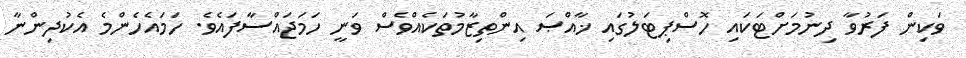
ވަކިން ފަރުވާ ދިނުމަށްޓަކައި ހޮސްޕިޓަލުގައި ޚާއްޞަ އިންތިޒާމުތަކެއްވެސް ވަނީ ހަމަޖައްސާފައެވެ. ހަމައެހެންމެ އެކުދިންނާ